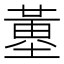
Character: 𡐳